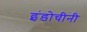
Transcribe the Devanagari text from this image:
इंडोचीनी